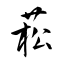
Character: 菘